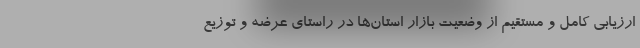
ارزیابی کامل و مستقیم از وضعیت بازار استان‌ها در راستای عرضه و توزیع